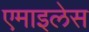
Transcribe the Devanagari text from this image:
एमाइलेस